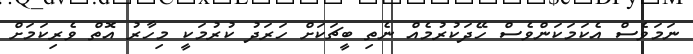
ނަމަވެސް އެކަމަކަންވެސް ހޭދަކުރުމެއް ނެތި ބީޗަކަށް ހަރަދު ކުރުމަކީ މިހާރު އޮތް ވެރިކަމަށް